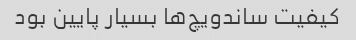
کیفیت ساندویچ‌ها بسیار پایین بود